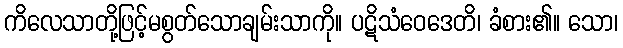
ကိလေသာတို့ဖြင့်မစွတ်သောချမ်းသာကို။ ပဋိသံဝေဒေတိ၊ ခံစား၏။ သော၊